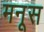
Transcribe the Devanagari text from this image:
मनूस